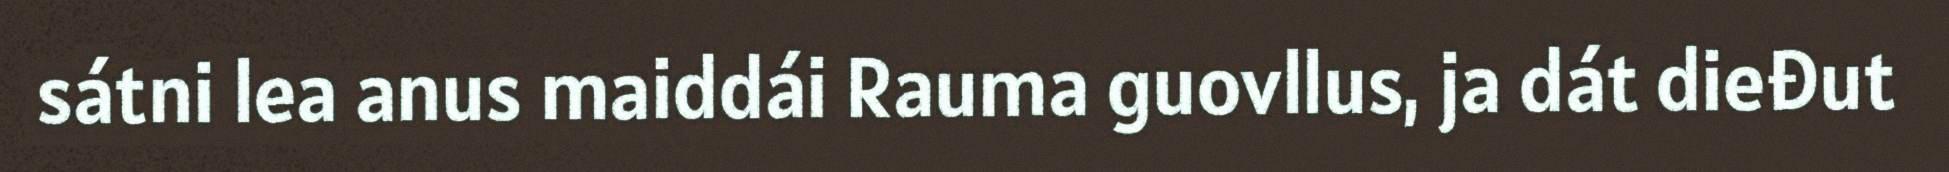
sátni lea anus maiddái Rauma guovllus, ja dát dieđut